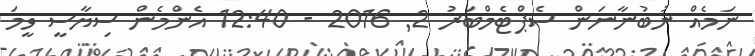
ނަމެއް ނުބުނާނަން ސެޕްޓެމްބަރު 2